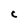
Character: C